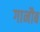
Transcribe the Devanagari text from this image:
गानौब